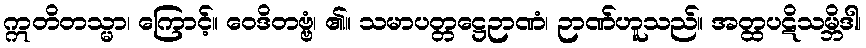
ဣတိတသ္မာ၊ ကြောင့်။ ဝေဒိတဗ္ဗံ၊ ၏။ သမာပတ္တဋ္ဌေဉာဏံ၊ ဉာဏ်ဟူသည်။ အတ္ထပဋိသမ္ဘိဒါ၊